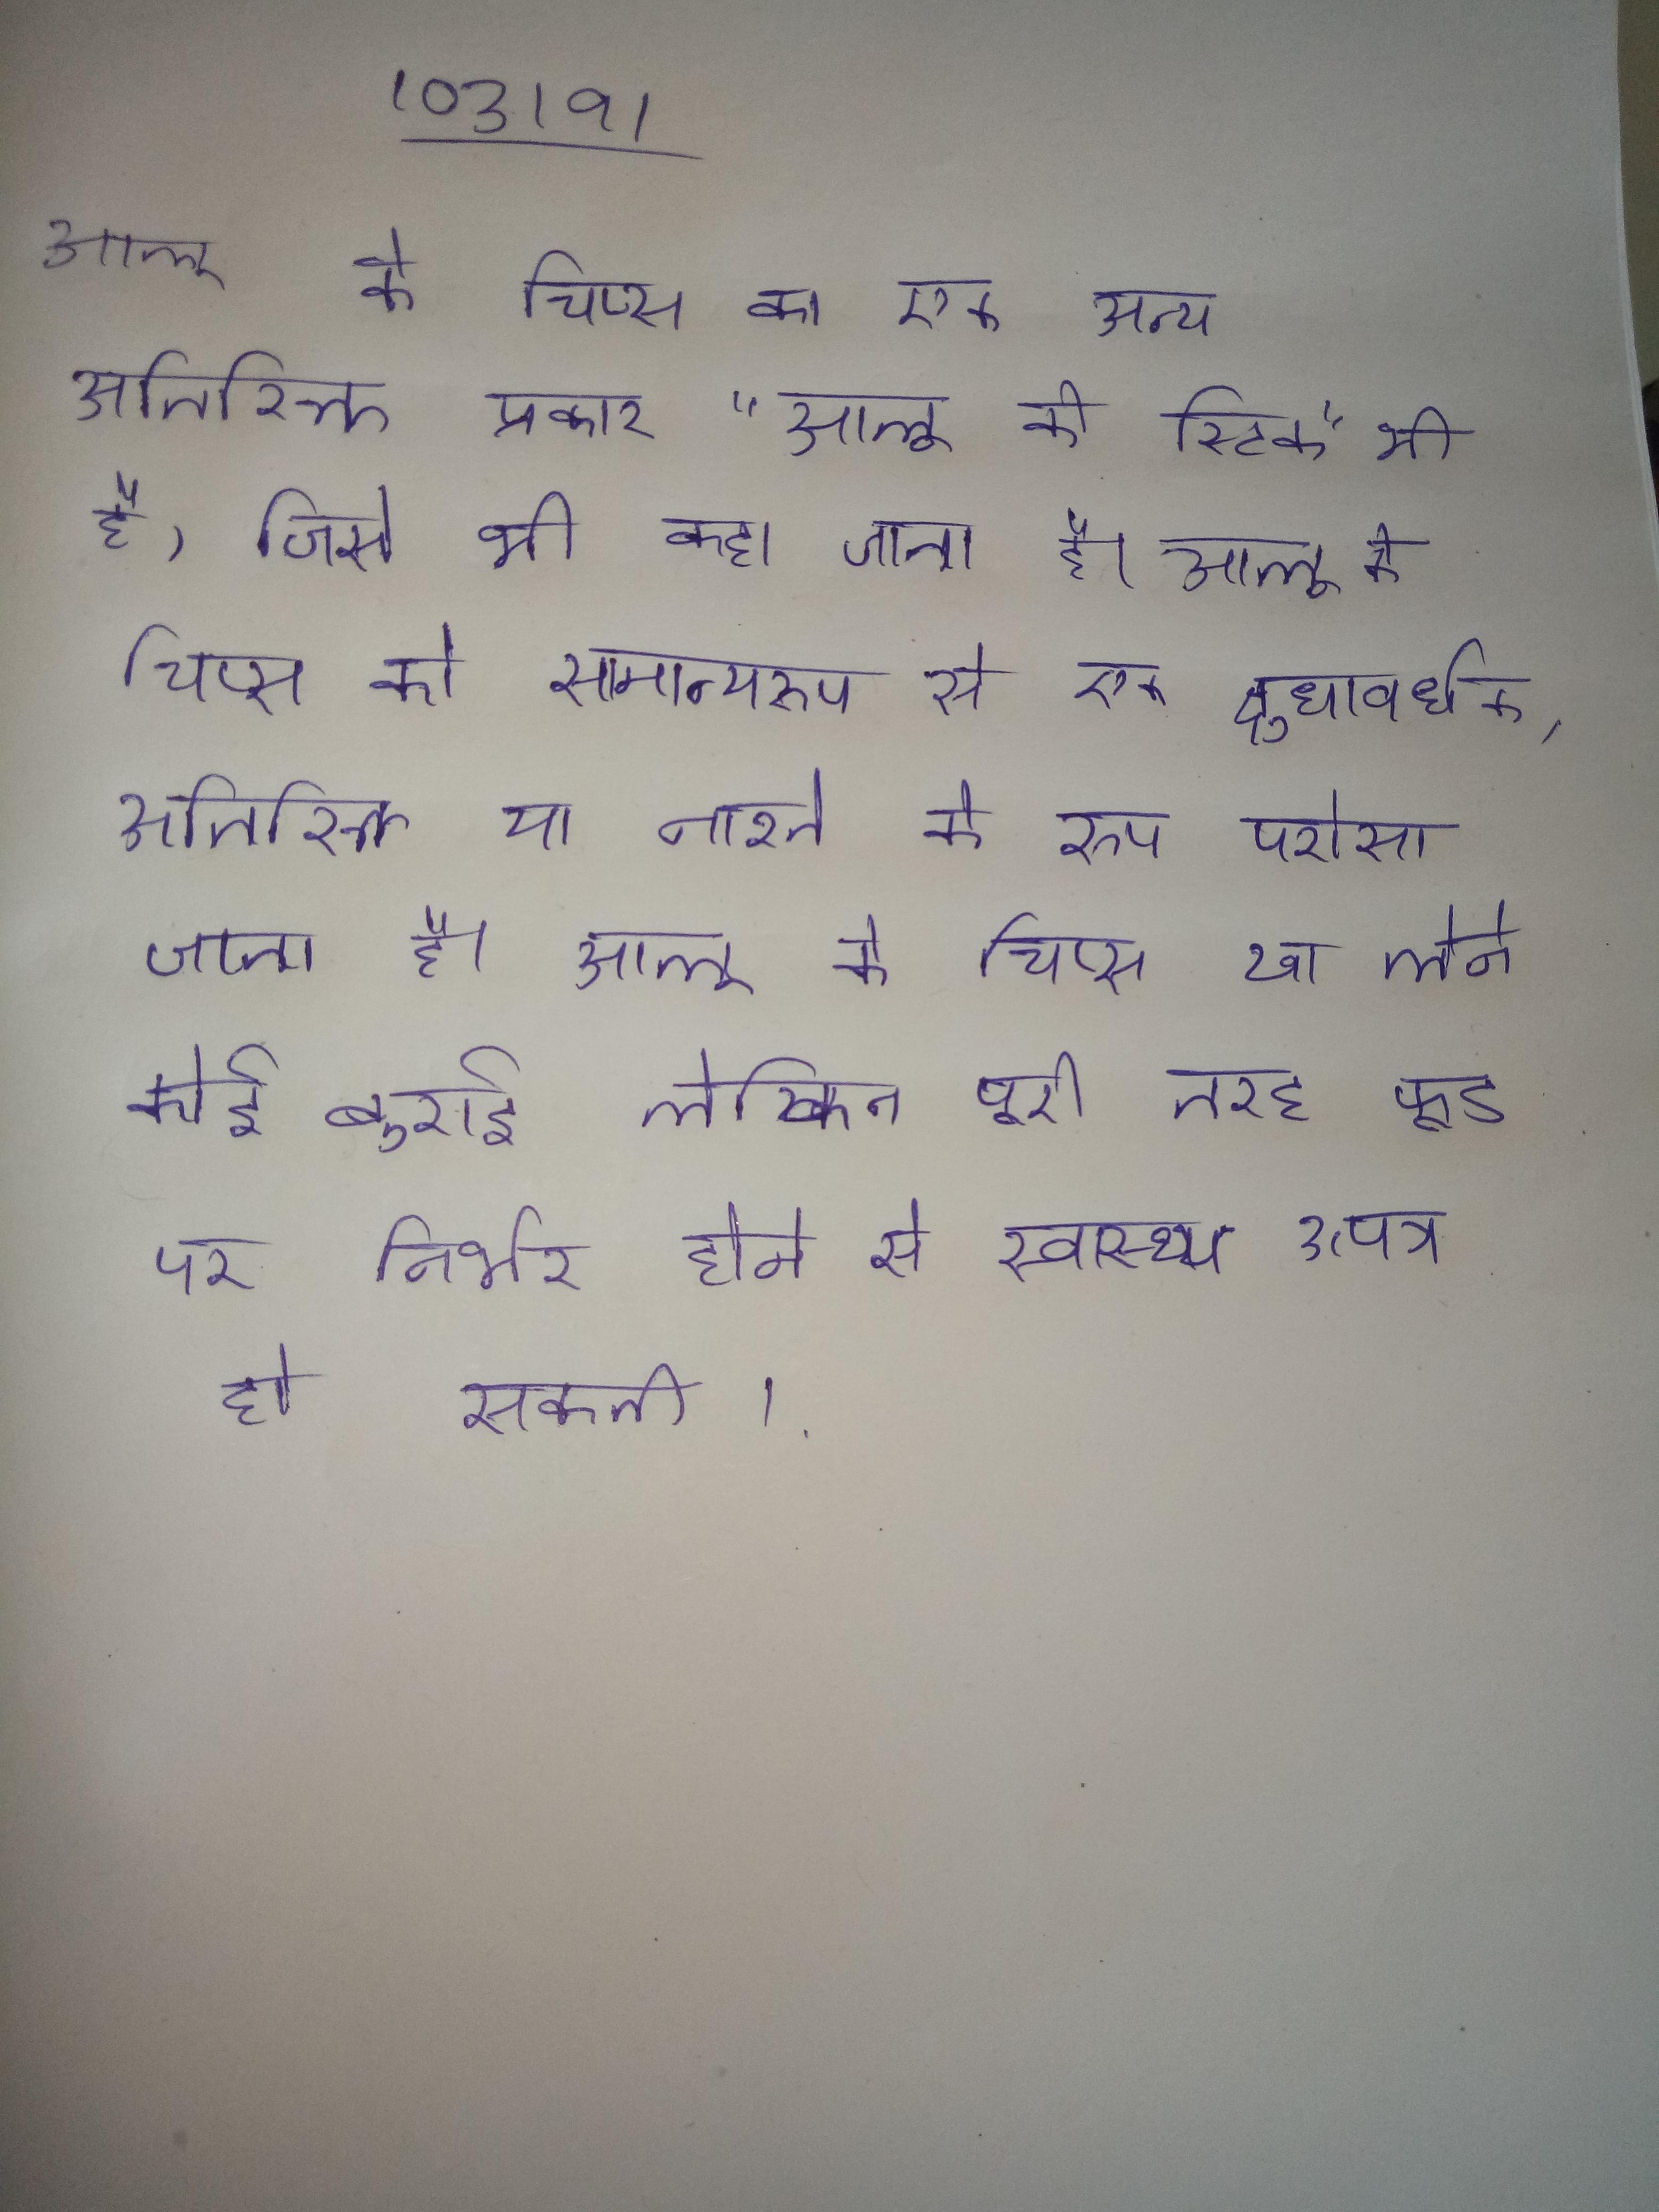
आलू के चिप्स का एक अन्य अतिरिक्त प्रकार "आलू की स्टिक" भी है, जिसे भी कहा जाता है । आलू के चिप्स को सामान्यरूप से एक क्षुधावर्धक, अतिरिक्त या नाश्ते के रूप परोसा जाता है । आलू के चिप्स खा लेने कोई बुराई लेकिन पूरी तरह फूड पर निर्भर होने से स्वास्थ्य उत्पन्न हो सकती ।